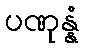
ပဏုန္နံ